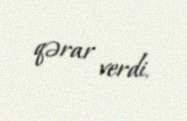
qərar verdi.